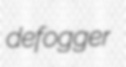
defogger